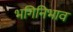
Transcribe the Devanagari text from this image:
भगिनिभाव